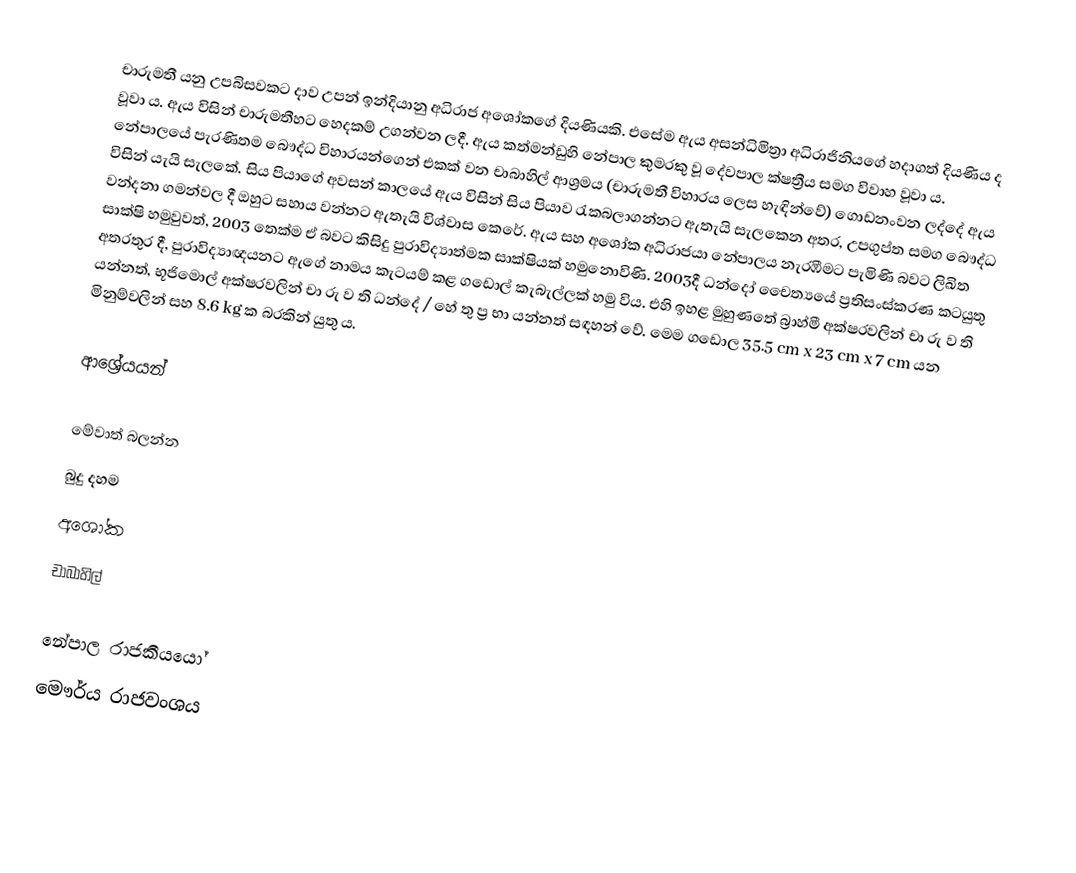
චාරුමතී යනු උපබිසවකට දාව උපන් ඉන්දියානු අධිරාජ අශෝකගේ දියණියකි. එසේම ඇය අසන්ධිමිත්‍රා අධිරාජිනියගේ හදාගත් දියණිය ද වූවා ය. ඇය විසින් චාරුමතීහට හෙදකම් උගන්වන ලදී. ඇය කත්මන්ඩුහි නේපාල කුමරකු වූ දේවපාල ක්ෂත්‍රීය සමග විවාහ වූවා ය. නේපාලයේ පැරණිතම බෞද්ධ විහාරයන්ගෙන් එකක් වන චාබාහිල් ආශ්‍රමය (චාරුමතී විහාරය ලෙස හැඳින්වේ) ගොඩනංවන ලද්දේ ඇය විසින් යැයි සැලකේ. සිය පියාගේ අවසන් කාලයේ ඇය විසින් සිය පියාව රැකබලාගන්නට ඇතැයි සැලකෙන අතර, උපගුප්ත සමග බෞද්ධ වන්දනා ගමන්වල දී ඔහුට සහාය වන්නට ඇතැයි විශ්වාස කෙරේ. ඇය සහ අශෝක අධිරාජයා නේපාලය නැරඹීමට පැමිණි බවට ලිඛිත සාක්ෂි හමුවුවත්, 2003 තෙක්ම ඒ බවට කිසිදු පුරාවිද්‍යාත්මක සාක්ෂියක් හමුනොවිණි. 2003දී ධන්දෝ චෛත්‍යයේ ප්‍රතිසංස්කරණ කටයුතු අතරතුර දී, පුරාවිද්‍යාඥයනට ඇගේ නාමය කැටයම් කළ ගඩොල් කැබැල්ලක් හමු විය. එහි ඉහළ මුහුණතේ බ්‍රාහ්මී අක්ෂරවලින් චා රු ව ති යන්නත්, භූජිමොල් අක්ෂරවලින් චා රු ව ති ධන්දේ / හේ තු ප්‍ර භා යන්නත් සඳහන් වේ. මෙම ගඩොල 35.5 cm x 23 cm x 7 cm යන මිනුම්වලින් සහ 8.6 kg ක බරකින් යුතු ය.

ආශ්‍රේයයන්

මේවාත් බලන්න
 බුදු දහම
 අශෝක
 චාබාහිල්

නේපාල රාජකීයයෝ
මෞර්ය රාජවංශය